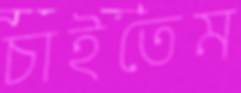
চাইতেম